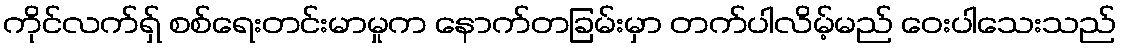
ကိုင်လက်ရှ် စစ်ရေးတင်းမာမှုက နောက်တခြမ်းမှာ တက်ပါလိမ့်မည် ဝေးပါသေးသည်